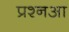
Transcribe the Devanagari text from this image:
प्रश्नआ